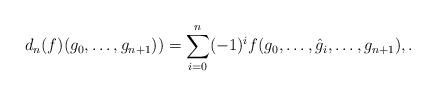
LaTeX: \begin{align*}d_n(f)(g_0, \dots, g_{n+1})) = \sum_{i=0}^n (-1)^i f(g_0, \dots, \hat g_i, \dots, g_{n+1}), .\end{align*}